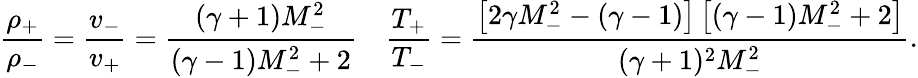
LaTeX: \frac{\rho_{+}}{\rho_{-}}=\frac{v_{-}}{v_{+}}=\frac{(\gamma+1)M_{-}^{2}}{(\gamma-1)M_{-}^{2}+2}\quad\frac{T_{+}}{T_{-}}=\frac{\left[2\gamma M_{-}^{2}-(\gamma-1)\right]\left[(\gamma-1)M_{-}^{2}+2\right]}{(\gamma+1)^{2}M_{-}^{2}}.